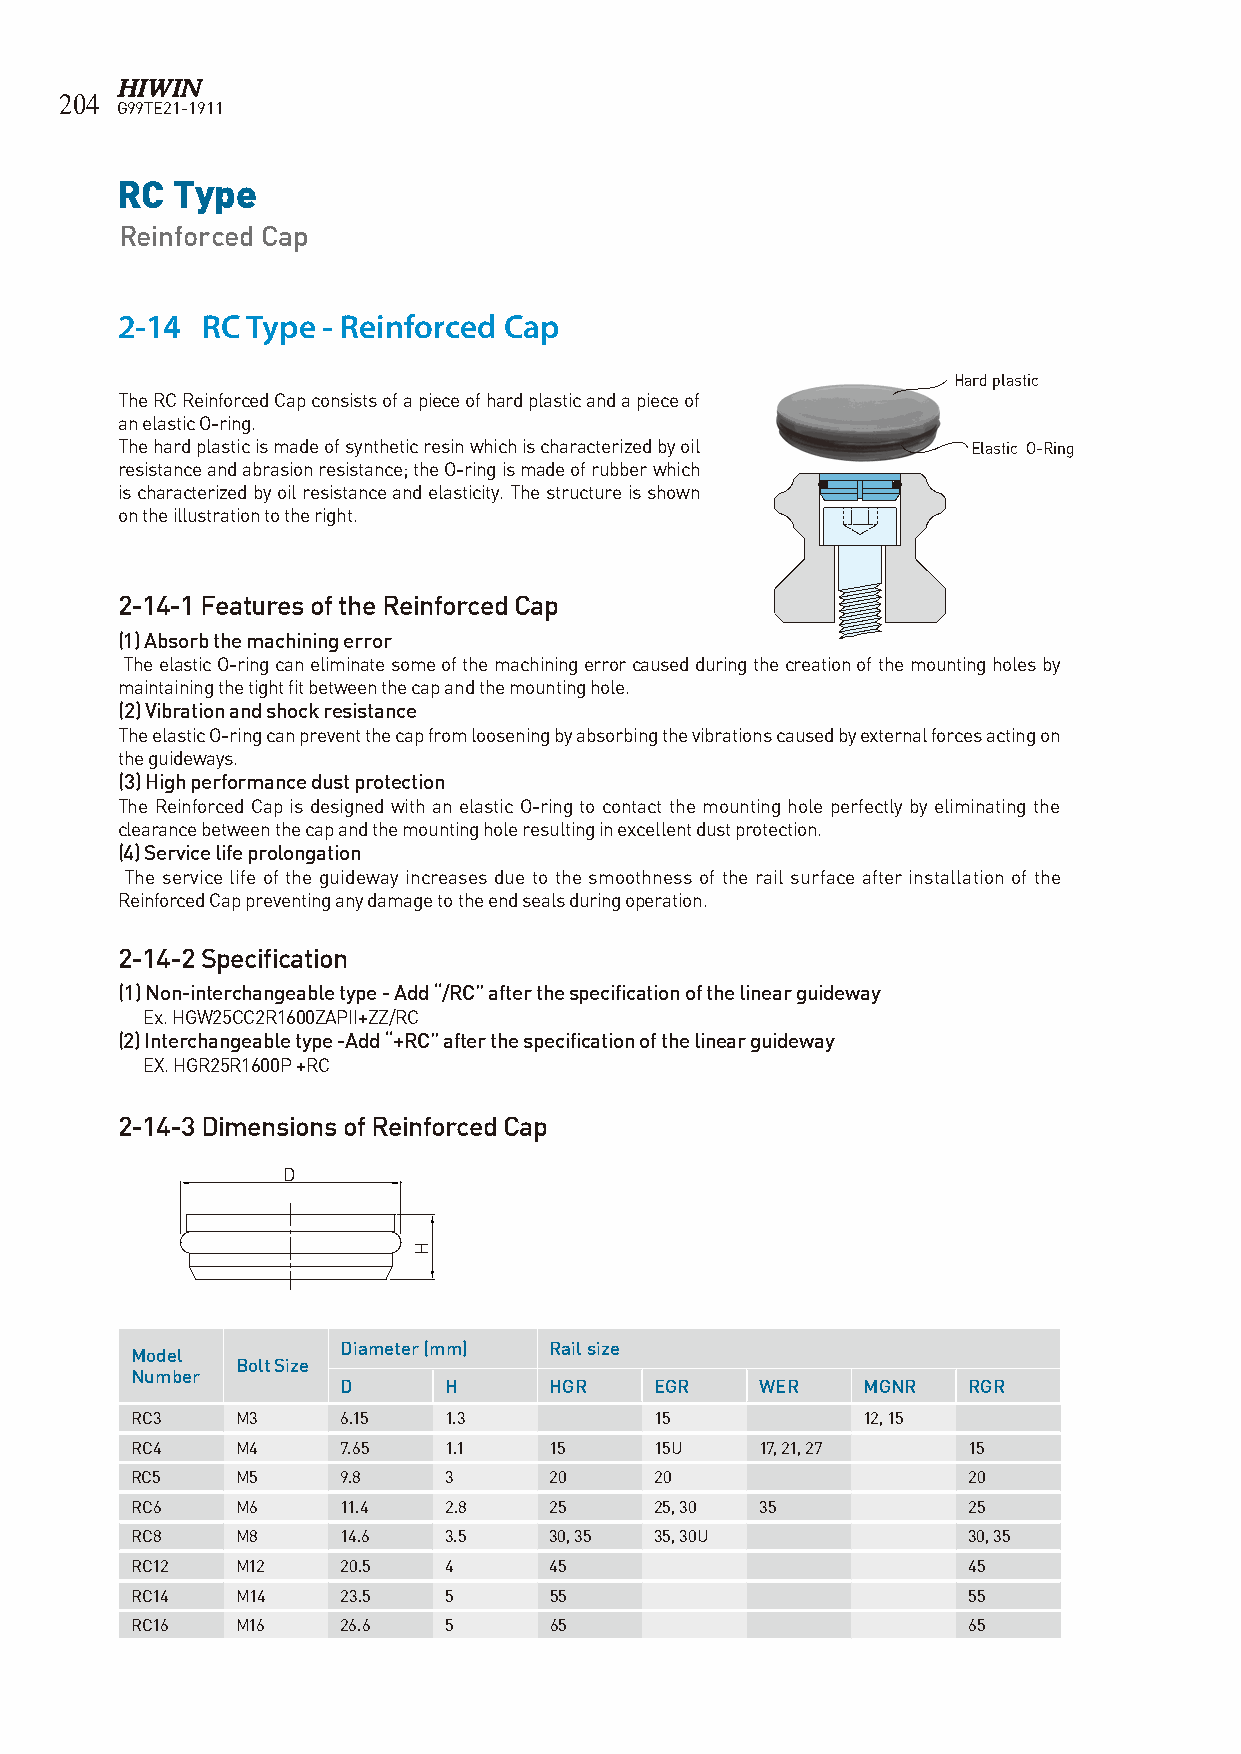
204
 G99TE21-1911
 RC Type
 Reinforced Cap
 2-14 RC Type - Reinforced Cap
 Hard plastic
 The RC Reinforced Cap consists of a piece of hard plastic and a piece of
 an elastic O-ring.
 The hard plastic is made of synthetic resin which is characterized by oil Elastic O-Ring
 resistance and abrasion resistance; the O-ring is made of rubber which
 is characterized by oil resistance and elasticity. The structure is shown
 on the illustration to the right.
 2-14-1 Features of the Reinforced Cap
 (1) Absorb the machining error
 The elastic O-ring can eliminate some of the machining error caused during the creation of the mounting holes by
 maintaining the tight fit between the cap and the mounting hole.
 (2) Vibration and shock resistance
 The elastic O-ring can prevent the cap from loosening by absorbing the vibrations caused by external forces acting on
 the guideways.
 (3) High performance dust protection
 The Reinforced Cap is designed with an elastic O-ring to contact the mounting hole perfectly by eliminating the
 clearance between the cap and the mounting hole resulting in excellent dust protection.
 (4) Service life prolongation
 The service life of the guideway increases due to the smoothness of the rail surface after installation of the
 Reinforced Cap preventing any damage to the end seals during operation.
 2-14-2 Specification
 (1) Non-interchangeable type - Add “/RC” after the specification of the linear guideway
 Ex. HGW25CC2R1600ZAPII+ZZ/RC
 (2) Interchangeable type -Add “+RC” after the specification of the linear guideway
 EX. HGR25R1600P +RC
 2-14-3 Dimensions of Reinforced Cap
 D
 Diameter (mm) Rail size
 Model
 Bolt Size
 Number
 D     H      HGR    EGR    WER    MGNR   RGR
 RC3    M3     6.15  1.3           15            12, 15
 RC4    M4     7.65  1.1    15     15U    17, 21, 27    15
 RC5    M5     9.8   3      20     20                   20
 RC6    M6     11.4  2.8    25     25, 30 35            25
 RC8    M8     14.6  3.5    30, 35 35, 30U              30, 35
 RC12   M12    20.5  4      45                          45
 RC14   M14    23.5  5      55                          55
 RC16   M16    26.6  5      65                          65
 H